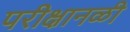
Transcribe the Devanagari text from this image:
परीक्षानळी